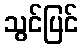
သွင်ပြင်